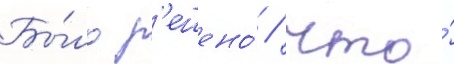
Бы́ло р'ешено́ / что́